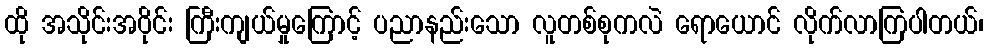
ထို အသိုင်းအဝိုင်း ကြီးကျယ်မှုကြောင့် ပညာနည်းသော လူတစ်စုကလဲ ရောယောင် လိုက်လာကြပါတယ်၊